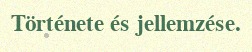
Története és jellemzése.